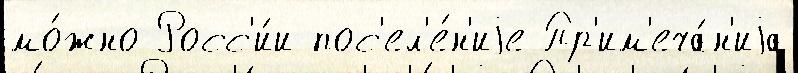
мо́жно Росс'и́и пос'ел'е́н'иjе Пр'им'еча́н'иjа